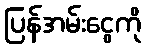
ပြန်အမ်းငွေကို